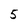
Character: 5